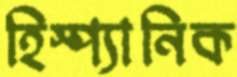
হিস্প্যানিক